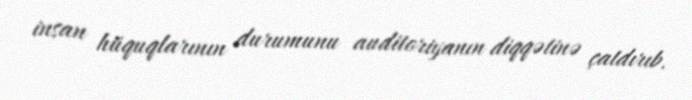
insan hüquqlarının durumunu auditoriyanın diqqətinə çatdırıb.